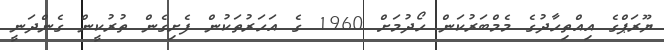
ޔޫރަޕްގެ އިއްތިހާދުގެ މެމްބަރުކަން ހޯދުމަށް 1960 ގެ އަހަރުތަކުން ފެށިގެން ތުރުކީން ގެންދަނީ